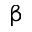
\upbeta